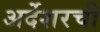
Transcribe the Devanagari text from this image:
अर्देशरची